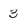
Character: 3